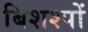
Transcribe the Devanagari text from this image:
बिशश्पों